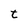
Character: t